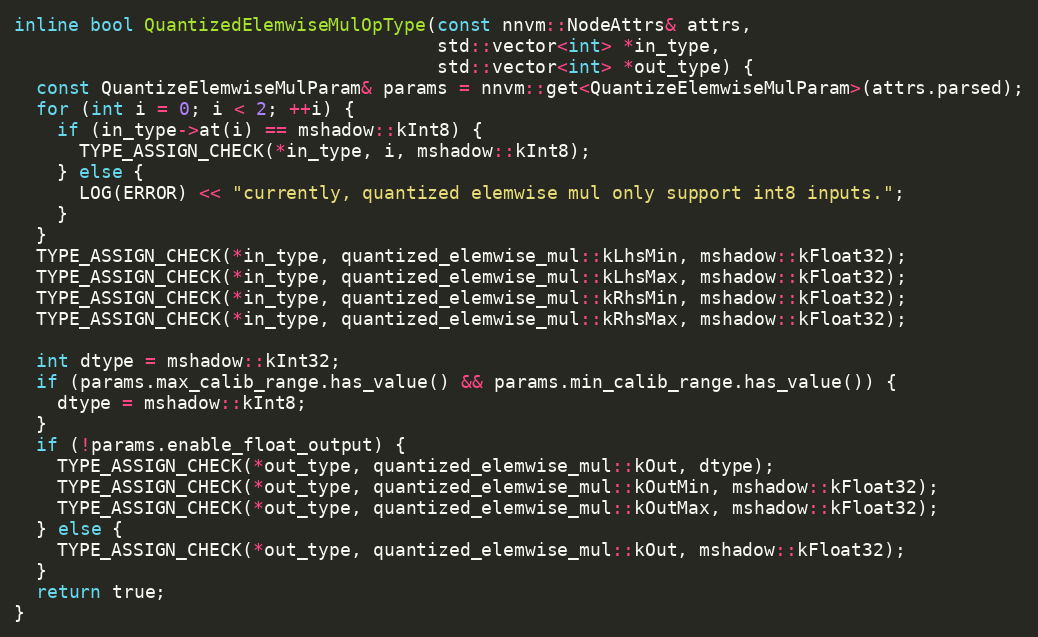
Language: C++
inline bool QuantizedElemwiseMulOpType(const nnvm::NodeAttrs& attrs,
                                       std::vector<int> *in_type,
                                       std::vector<int> *out_type) {
  const QuantizeElemwiseMulParam& params = nnvm::get<QuantizeElemwiseMulParam>(attrs.parsed);
  for (int i = 0; i < 2; ++i) {
    if (in_type->at(i) == mshadow::kInt8) {
      TYPE_ASSIGN_CHECK(*in_type, i, mshadow::kInt8);
    } else {
      LOG(ERROR) << "currently, quantized elemwise mul only support int8 inputs.";
    }
  }
  TYPE_ASSIGN_CHECK(*in_type, quantized_elemwise_mul::kLhsMin, mshadow::kFloat32);
  TYPE_ASSIGN_CHECK(*in_type, quantized_elemwise_mul::kLhsMax, mshadow::kFloat32);
  TYPE_ASSIGN_CHECK(*in_type, quantized_elemwise_mul::kRhsMin, mshadow::kFloat32);
  TYPE_ASSIGN_CHECK(*in_type, quantized_elemwise_mul::kRhsMax, mshadow::kFloat32);

  int dtype = mshadow::kInt32;
  if (params.max_calib_range.has_value() && params.min_calib_range.has_value()) {
    dtype = mshadow::kInt8;
  }
  if (!params.enable_float_output) {
    TYPE_ASSIGN_CHECK(*out_type, quantized_elemwise_mul::kOut, dtype);
    TYPE_ASSIGN_CHECK(*out_type, quantized_elemwise_mul::kOutMin, mshadow::kFloat32);
    TYPE_ASSIGN_CHECK(*out_type, quantized_elemwise_mul::kOutMax, mshadow::kFloat32);
  } else {
    TYPE_ASSIGN_CHECK(*out_type, quantized_elemwise_mul::kOut, mshadow::kFloat32);
  }
  return true;
}